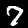
Label: 7